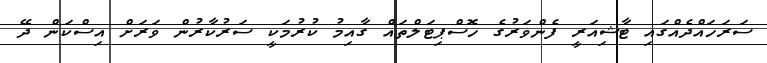
ސަރަހައްދެއްގައި ޓާޝިއަރީ ފެންވަރުގެ ހޮސްޕިޓަލްތައް ގާއިމު ކުރުމަކީ ސަރުކާރުން ވަރަށް އިސްކަން ދޭ